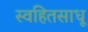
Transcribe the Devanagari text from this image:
स्वहितसाधू